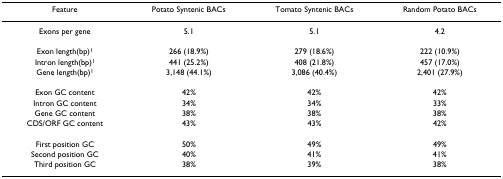
| Feature | Potato Syntenic BACs | Tomato Syntenic BACs | Random Potato BACs |
 | --- | --- | --- | --- |
 | Exons per gene | 5.1 | 5.1 | 4.2 |
 | Exon length(bp)1 | 266 (18.9%) | 279 (18.6%) | 222 (10.9%) |
 | Intron length(bp)1 | 441 (25.2%) | 408 (21.8%) | 457 (17.0%) |
 | Gene length(bp)1 | 3,148 (44.1%) | 3,086 (40.4%) | 2,401 (27.9%) |
 | Exon GC content | 42% | 42% | 42% |
 | Intron GC content | 34% | 34% | 33% |
 | Gene GC content | 38% | 38% | 38% |
 | CDS/ORF GC content | 43% | 43% | 42% |
 | First position GC | 50% | 49% | 49% |
 | Second position GC | 40% | 41% | 41% |
 | Third position GC | 38% | 39% | 38% |